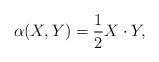
LaTeX: \begin{align*}\alpha (X,Y)=\frac{1}{2}X\cdot Y,\end{align*}